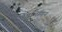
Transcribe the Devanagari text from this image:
ऐगामेम्नन